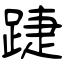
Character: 踕